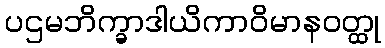
ပဌမဘိက္ခာဒါယိကာဝိမာနဝတ္ထု